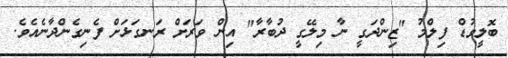
ބޮލީވުޑް ފިލްމު "ޒިންދަގީ ނާ މިލޭގީ ދުބާރާ" އިން ވަރަށް ރަނގަޅަށް ފެނިގެންދާނެއެވެ.